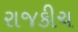
રાજકીચ